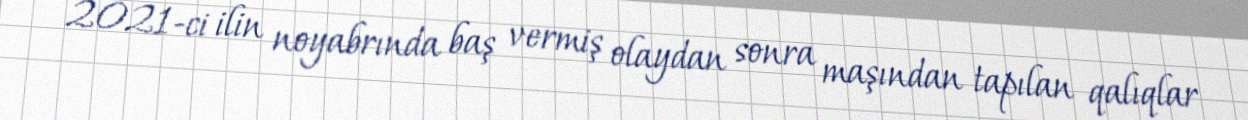
2021-ci ilin noyabrında baş vermiş olaydan sonra maşından tapılan qalıqlar